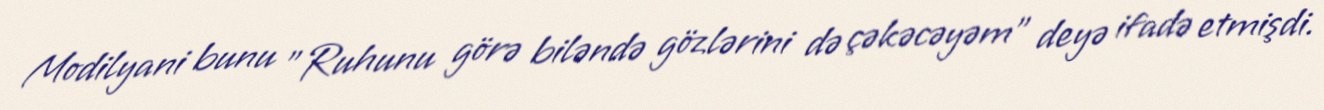
Modilyani bunu "Ruhunu görə biləndə gözlərini də çəkəcəyəm" deyə ifadə etmişdi.